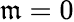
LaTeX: \mathfrak{m}=0